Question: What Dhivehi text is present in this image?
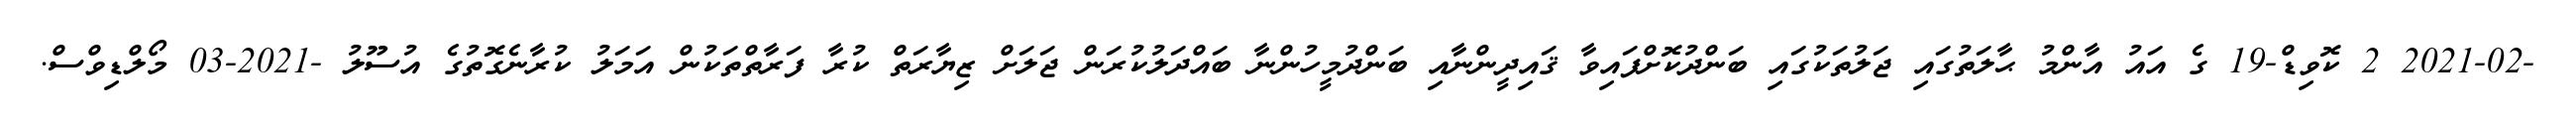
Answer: -2021-02 2 ކޮވިޑް-19 ގެ އައު އާންމު ޙާލަތުގައި ޖަލުތަކުގައި ބަންދުކޮށްފައިވާ ޤައިދީންނާއި ބަންދުމީހުންނާ ބައްދަލުކުރަން ޖަލަށް ޒިޔާރަތް ކުރާ ފަރާތްތަކުން އަމަލު ކުރާނެގޮތުގެ އުސޫލު -2021-03 މޯލްޑިވްސް.